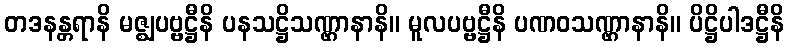
တဒနန္တရာနိ မဇ္ဈပဗ္ဗဋ္ဌီနိ ပနသဋ္ဌိသဏ္ဌာနာနိ။ မူလပဗ္ဗဋ္ဌီနိ ပဏဝသဏ္ဌာနာနိ။ ပိဋ္ဌိပါဒဋ္ဌီနိ